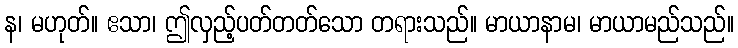
န၊ မဟုတ်။ ဧသာ၊ ဤလှည့်ပတ်တတ်သော တရားသည်။ မာယာနာမ၊ မာယာမည်သည်။